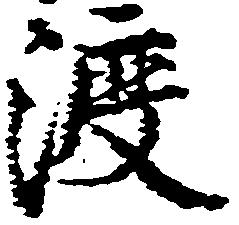
渡